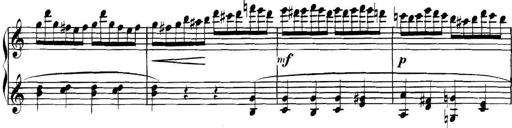
Title: Collected Piano Sonatas
Composer: Muzio Clementi